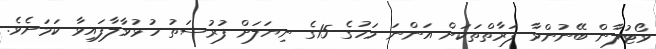
ވޯޓުލާން ބޭނުންވާ ފަރާތްތަކަށް އަންނަ މަހުގެ 15ގެ ނިޔަލަށް ފުރުސަތު ހުޅުވާލާފައިވާ ކަމަށެވެ.